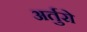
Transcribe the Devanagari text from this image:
अर्तुरो